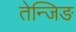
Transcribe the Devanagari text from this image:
तेन्जिङ